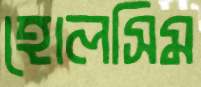
হোলসিম